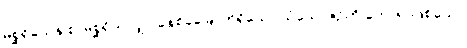
မစ္ဆရိယေန စ၊ မစ္ဆရိယလျှင် ခုနစ်ခုမြောက်ရှိသော သံယောဇဉ်ကို ဟောရာဖြစ်သော